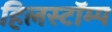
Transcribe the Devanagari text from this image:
हिलस्टॉम्प